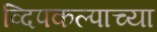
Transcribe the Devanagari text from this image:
व्दिपकल्पाच्या